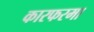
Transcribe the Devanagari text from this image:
कारफरमा